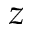
z